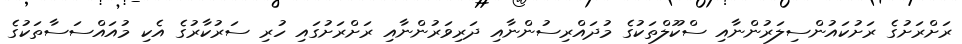
ރަށްރަށުގެ ރަށުކައުންސިލަރުންނާއި ސްކޫލްތަކުގެ މުދައްރިސުންނާއި ދަރިވަރުންނާއި ރަށްރަށުގައި ހުރި ސަރުކާރުގެ އެކި މުއައްސަސާތަކުގެ